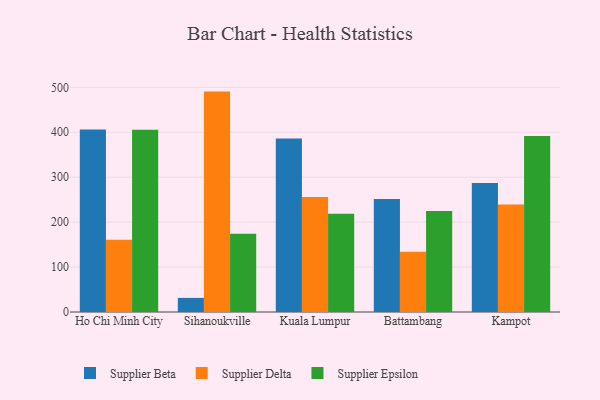
{"axis": {"x": "City", "y": "Net Income (USD K)"}, "legend": ["Supplier Beta", "Supplier Delta", "Supplier Epsilon"], "data": [{"x": "Ho Chi Minh City", "y": 406.3, "type": "Supplier Beta"}, {"x": "Ho Chi Minh City", "y": 160.9, "type": "Supplier Delta"}, {"x": "Ho Chi Minh City", "y": 405.7, "type": "Supplier Epsilon"}, {"x": "Sihanoukville", "y": 31.4, "type": "Supplier Beta"}, {"x": "Sihanoukville", "y": 490.5, "type": "Supplier Delta"}, {"x": "Sihanoukville", "y": 174.1, "type": "Supplier Epsilon"}, {"x": "Kuala Lumpur", "y": 386.3, "type": "Supplier Beta"}, {"x": "Kuala Lumpur", "y": 256.1, "type": "Supplier Delta"}, {"x": "Kuala Lumpur", "y": 218.8, "type": "Supplier Epsilon"}, {"x": "Battambang", "y": 251.7, "type": "Supplier Beta"}, {"x": "Battambang", "y": 134.2, "type": "Supplier Delta"}, {"x": "Battambang", "y": 224.6, "type": "Supplier Epsilon"}, {"x": "Kampot", "y": 287.3, "type": "Supplier Beta"}, {"x": "Kampot", "y": 239.5, "type": "Supplier Delta"}, {"x": "Kampot", "y": 391.5, "type": "Supplier Epsilon"}]}